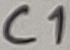
Text: C1